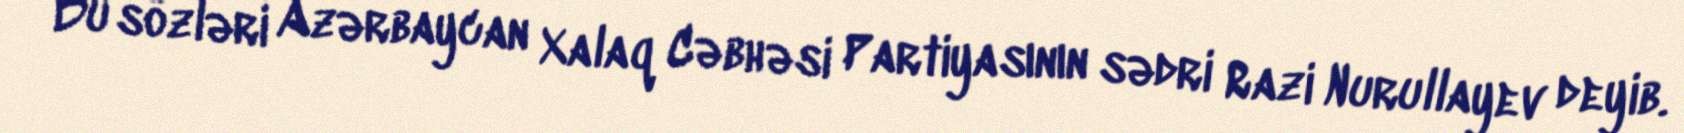
Bu sözləri Azərbaycan Xalaq Cəbhəsi Partiyasının sədri Razi Nurullayev deyib.